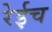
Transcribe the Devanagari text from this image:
रेईच